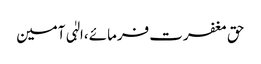
حق مغفرت فرمائے ،الہٰی آمین